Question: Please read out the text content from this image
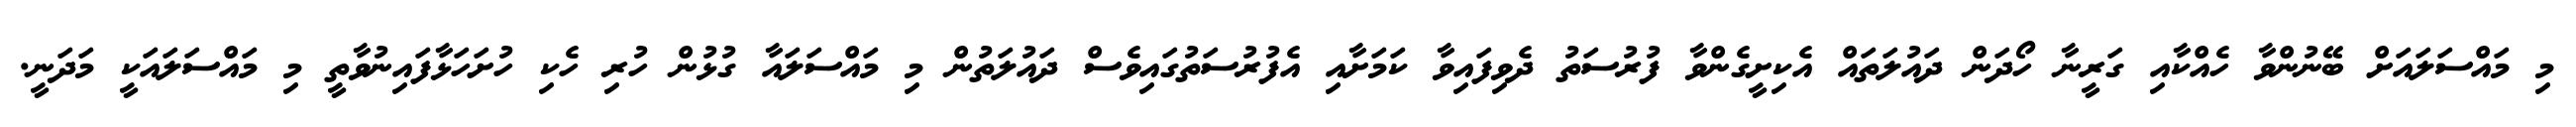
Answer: މި މައްސަލައަށް ބޭނުންވާ ހެއްކާއި ގަރީނާ ހޯދަން ދައުލަތައް އެކިށީގެންވާ ފުރުސަތު ދެވިފައިވާ ކަމަށާއި އެފުރުސަތުގައިވެސް ދައުލަތުން މި މައްސަލައާ ގުޅުން ހުރި ހެކި ހުށަހަޅާފައިނުވާތީ މި މައްސަލައަކީ މަދަނީ.